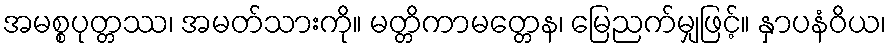
အမစ္စပုတ္တဿ၊ အမတ်သားကို။ မတ္တိကာမတ္တေန၊ မြေညက်မျှဖြင့်။ နှာပနံဝိယ၊